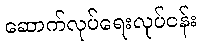
ဆောက်လုပ်ရေးလုပ်ငန်း